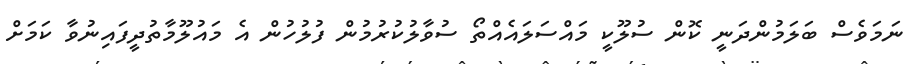
ނަމަވެސް ބަލަމުންދަނީ ކޮން ސުލޫކީ މައްސަލައެއްތޯ ސުވާލުކުރުމުން ފުލުހުން އެ މައުލޫމާތުދީފައިނުވާ ކަމަށް